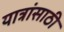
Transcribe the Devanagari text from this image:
यात्रांसाठी